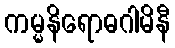
ကမ္မနိရောဓဂါမိနီ